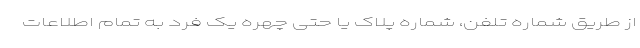
از طریق شماره تلفن، شماره پلاک یا حتی چهره یک فرد به تمام اطلاعات